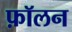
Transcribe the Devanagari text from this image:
फ़ॉलन